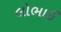
લોભાઈ